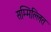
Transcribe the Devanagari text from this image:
सम्मिल्लित